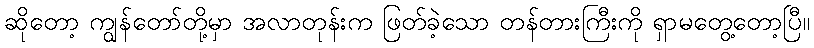
ဆိုတော့ ကျွန်တော်တို့မှာ အလာတုန်းက ဖြတ်ခဲ့သော တန်တားကြီးကို ရှာမတွေ့တော့ပြီ။